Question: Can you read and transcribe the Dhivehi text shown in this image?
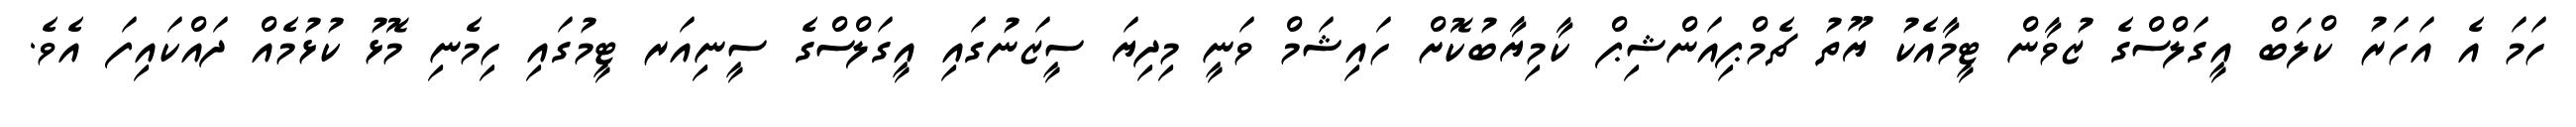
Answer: ހަމަ އެ އަހަރު ކްލަބް އީގަލްސްގެ ޒުވާން ޓީމާއެކު ޔޫތު ޗެމްޕިއަންޝިޕް ކާމިޔާބުކޮށް ހައިޝަމް ވަނީ މިދިޔަ ސީޒަނުގައި އީގަލްސްގެ ސީނިއަރ ޓީމުގައި ހިމެނި މޮޅު ކުޅުމެއް ދައްކައިފަ އެވެ.